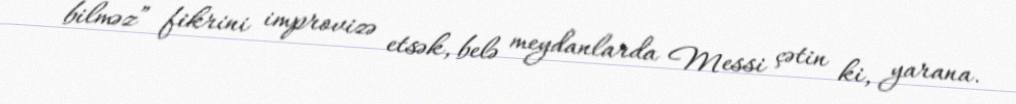
bilməz” fikrini improvizə etsək, belə meydanlarda Messi çətin ki, yarana.